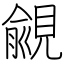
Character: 覦